Annual administration report of the Civil Veterinary Department of India - 1907-1908
Year: 1907
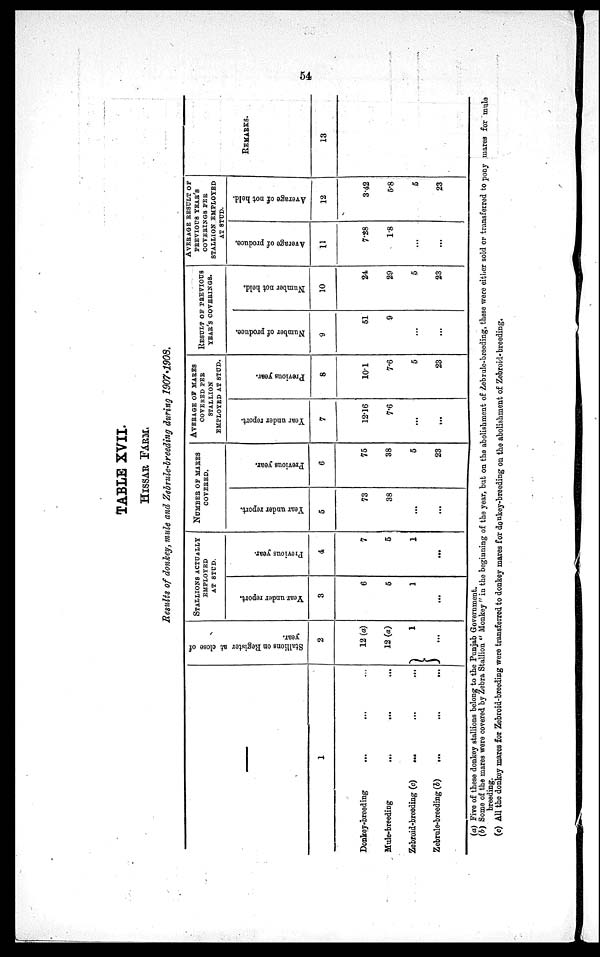
54
TABLE XVII.
HISSAR FARM.
Results of donkey, mule and Zebrule-breeding during 1907-1908.
—
1
Donkey-breeding ... ... ...
Mule-breeding
...
... ...
Zebroid-breeding (c)
...
...
...
Zebrule-breeding (b)
...
...
...
Stallions on Register at close of
year.
2
12 (a)
12 (a)
1
...
STALLIONS ACTUALLY
EMPLOYED
AT STUD.
Year under report.
3
6
5
1
...
Previous year.
4
7
5
1
...
NUMBER OF MARES
COVERED.
Year under report.
5
73
38
...
...
Previous year.
6
75
38
5
23
AVERAGE OF MARES
COVERED PER
STALLION
EMPLOYED AT STUD.
Year under report.
7
12.16
7.6
...
...
Previous year.
8
10.1
7.6
5
23
RESULT OF PREVIOUS
YEAR'S COVERINGS.
Number of produce.
9
51
9
...
...
Number not held.
10
24
29
5
23
AVERAGE RESULT OF
PREVIOUS YEAR'S
COVERINGS PER
STALLION EMPLOYED
AT STUD.
Average of produce.
11
7.28
1.8
...
...
Average of not held.
12
3.42
5.8
5
23
REMARKS.
13
(a) Five of these donkey stallions belong to the Punjab Government.
(b) Some of the mares were covered by Zebra Stallion " Monkey " in the beginning of the year, but on the abolishment of Zebrule-breeding, these were either sold or transferred to pony mares for mule
breeding.
(c) All the donkey mares for Zebroid-breeding were transferred to donkey mares for donkey-breeding on the abolishment of Zebroid-breeding.